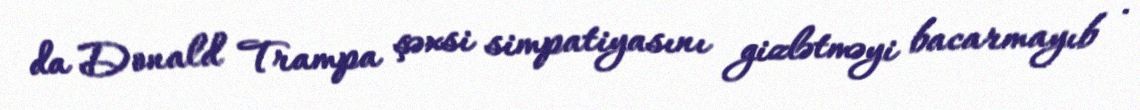
da Donald Trampa şəxsi simpatiyasını gizlətməyi bacarmayıb .